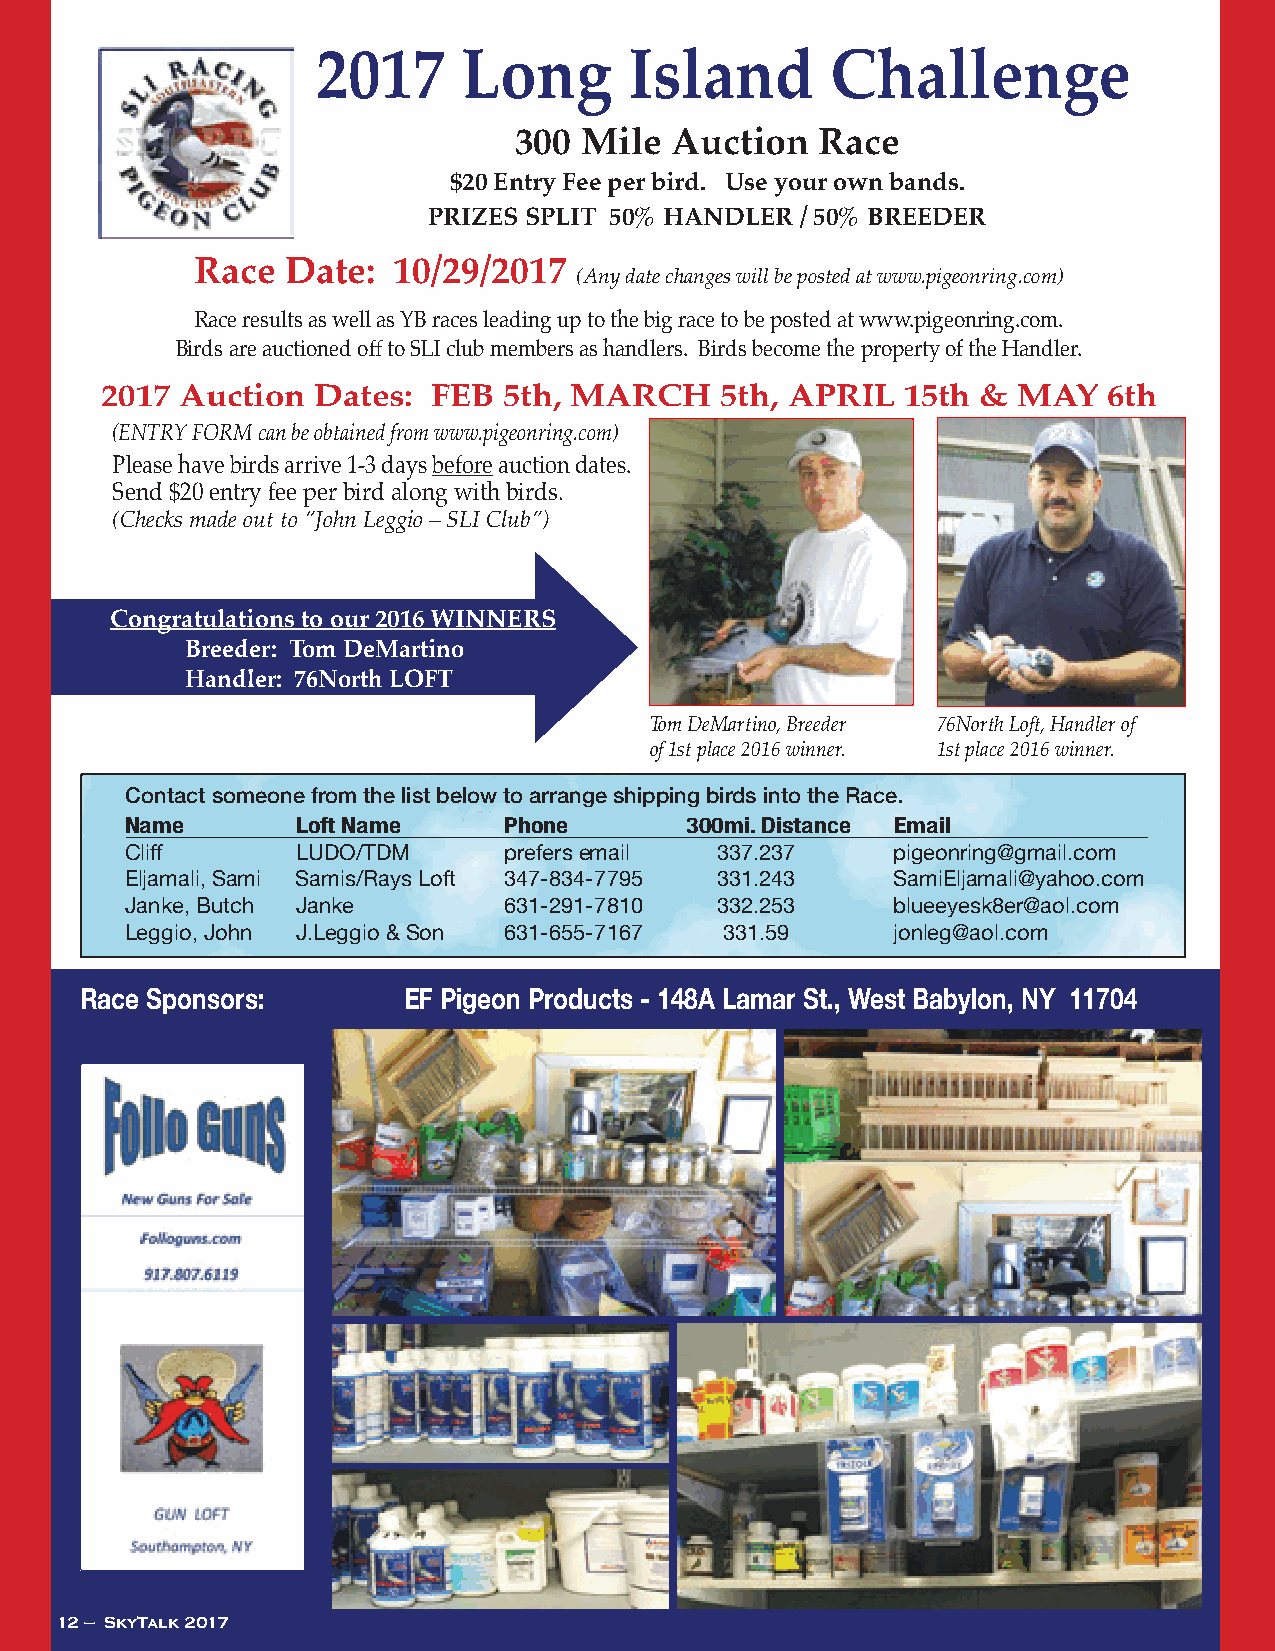
2017      Long       Island       Challenge
 300 Mile  Auction   Race
 $20 Entry Fee per bird. Use your own bands.
 PRIZES SPLIT 50% HANDLER / 50% BREEDER
 Race  Date:  10/29/2017
 (Any date changes will be posted at www.pigeonring.com)
 Race results as well as YB races leading up to the big race to be posted at www.pigeonring.com.
 Birds are auctioned off to SLI club members as handlers. Birds become the property of the Handler.
 2017 Auction  Dates:  FEB 5th, MARCH     5th, APRIL  15th & MAY   6th
 (ENTRY FORM can be obtained from www.pigeonring.com)
 Please have birds arrive 1-3 days before auction dates.
 Send $20 entry fee per bird along with birds.
 (Checks made out to “John Leggio – SLI Club”)
 Congratulations to our 2016 WINNERS
 Breeder: Tom DeMartino
 Handler: 76North LOFT
 Tom DeMartino, Breeder 76North Loft, Handler of
 of 1st place 2016 winner. 1st place 2016 winner.
 Contact someone from the list below to arrange shipping birds into the Race.
 Name        Loft Name    Phone       300mi. Distance Email
 Cliff       LUDO/TDM     prefers email 337.237     pigeonring@gmail.com
 Eljamali, Sami Samis/Rays Loft 347-834-7795 331.243 SamiEljamali@yahoo.com
 Janke, Butch Janke       631-291-7810  332.253     blueeyesk8er@aol.com
 Leggio, John J.Leggio & Son 631-655-7167 331.59    jonleg@aol.com
 Race Sponsors:        EF Pigeon Products - 148A Lamar St., West Babylon, NY 11704
 12 – SkyTalk 2017